Mental hospitals Bombay report 1929-33 - 1929-1933
Year: 1929
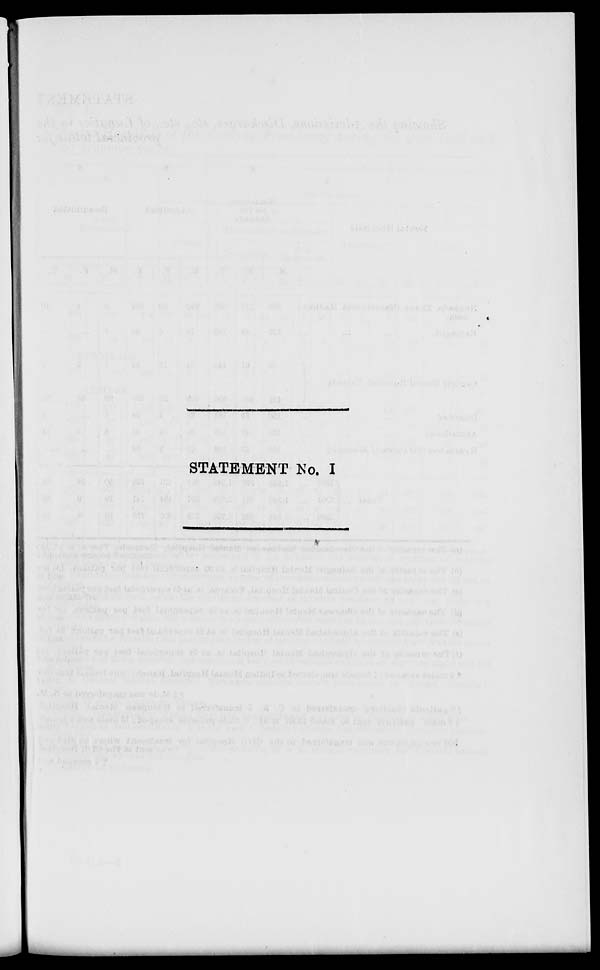
STATEMENT No. I